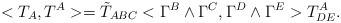
\begin{align*}<T_A, T^A> = {\tilde T}_{ABC} < \Gamma^B \wedge \Gamma^C, \Gamma^D\wedge \Gamma^E> T^A_{DE}.\end{align*}